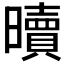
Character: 𣋺